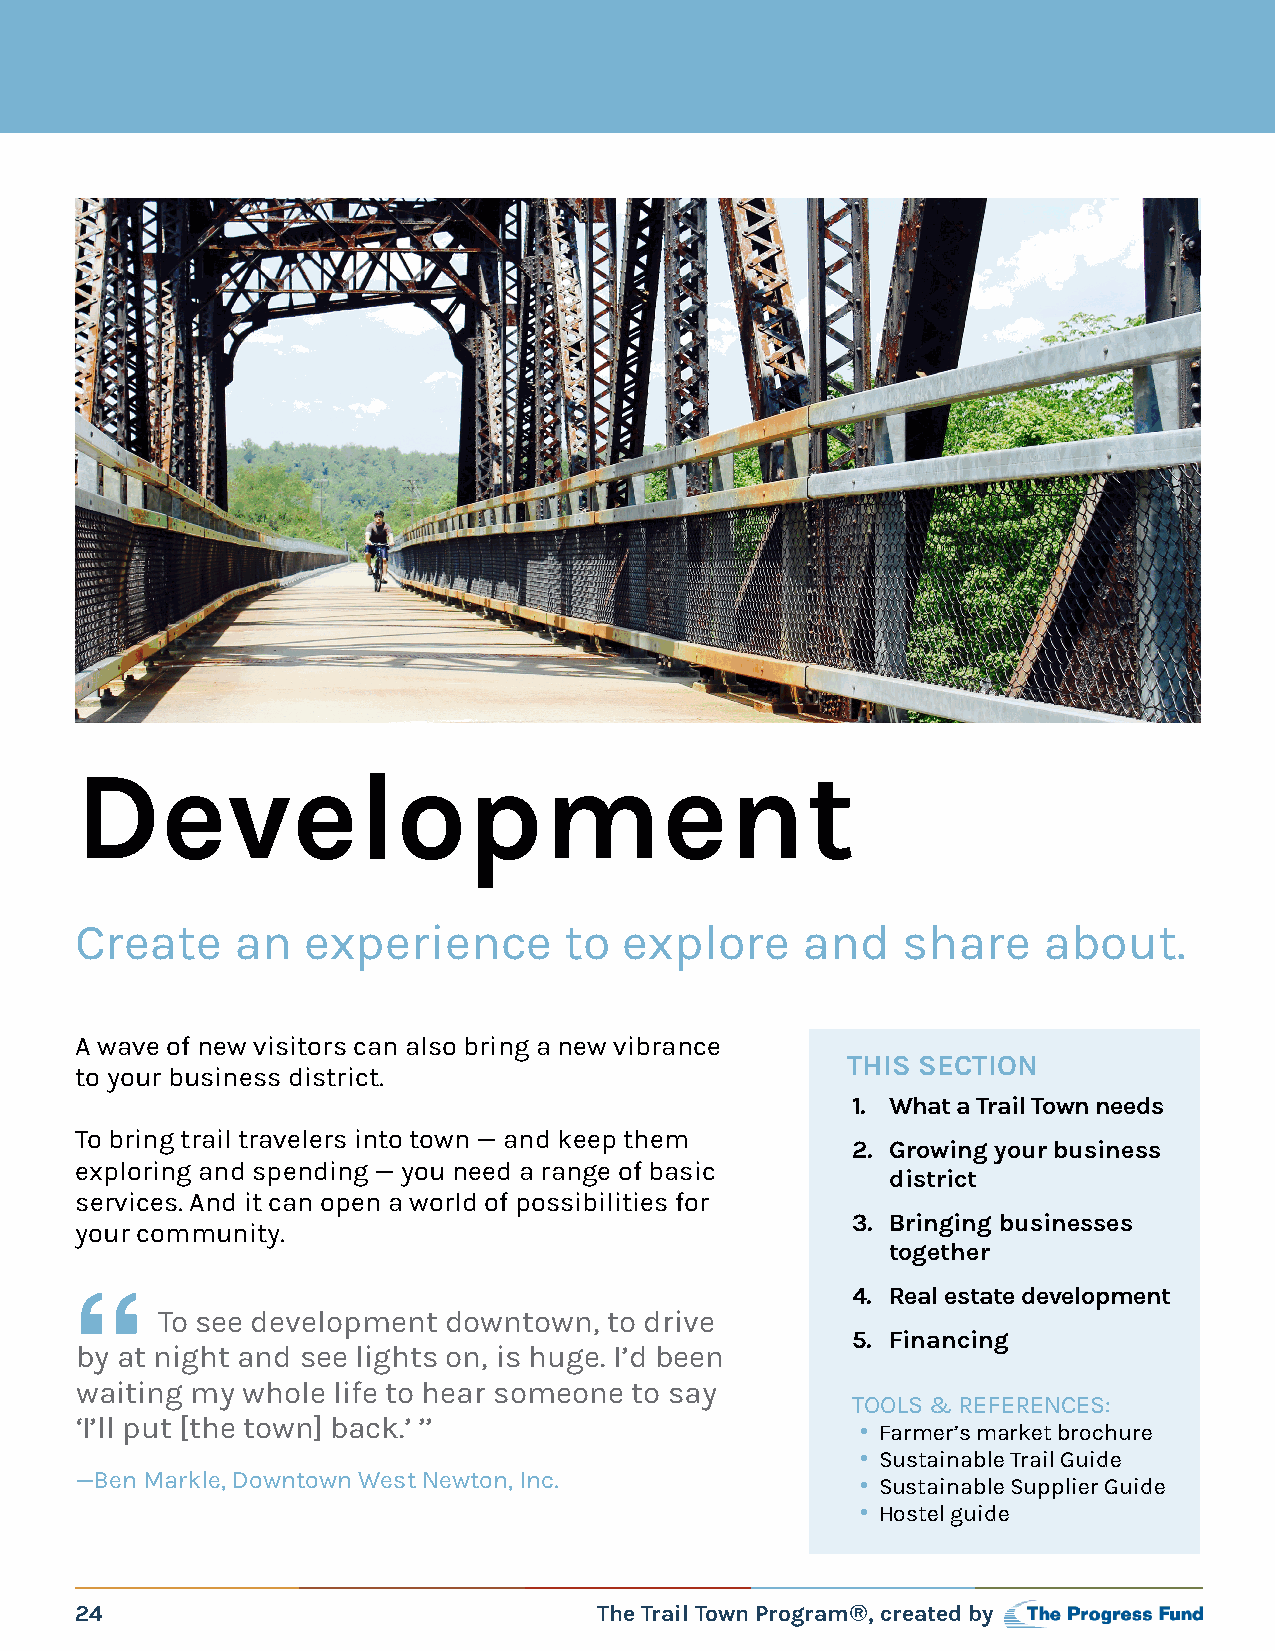
Development
 Create     an  experience       to  explore     and    share    about.
 A wave of new visitors can also bring a new vibrance
 THIS SECTION
 to your business district.
 1. What a Trail Town needs
 To bring trail travelers into town — and keep them
 2. Growing your business
 exploring and spending — you need a range of basic
 district
 services. And it can open a world of possibilities for
 3. Bringing businesses
 your community.
 together
 4. Real estate development
 To see development  downtown, to drive
 “                                                  5. Financing
 by at night and see lights on, is huge. I’d been
 waiting my whole life to hear someone to say
 TOOLS & REFERENCES:
 ‘I’ll put [the town] back.’ ’’
 • Farmer’s market brochure
 • Sustainable Trail Guide
 —Ben Markle, Downtown West Newton, Inc.
 • Sustainable Supplier Guide
 • Hostel guide
 24                                 The Trail Town Program®, created by